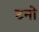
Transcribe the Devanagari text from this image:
टनो